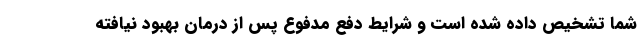
شما تشخیص داده شده است و شرایط دفع مدفوع پس از درمان بهبود نیافته